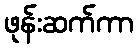
ဖုန်းဆက်ကာ